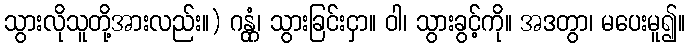
သွားလိုသူတို့အားလည်း။) ဂန္တုံ၊ သွားခြင်းငှာ။ ဝါ၊ သွားခွင့်ကို။ အဒတွာ၊ မပေးမူ၍။